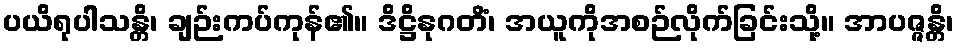
ပယိရုပါသန္တိ၊ ချဉ်းကပ်ကုန်၏။ ဒိဋ္ဌိနုဂတိံ၊ အယူကိုအစဉ်လိုက်ခြင်းသို့။ အာပဇ္ဇန္တိ၊